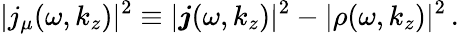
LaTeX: |j_{\mu}(\omega,k_{z})|^{2}\equiv|\boldsymbol{j}(\omega,k_{z})|^{2}-|\rho(\omega,k_{z})|^{2}\, .